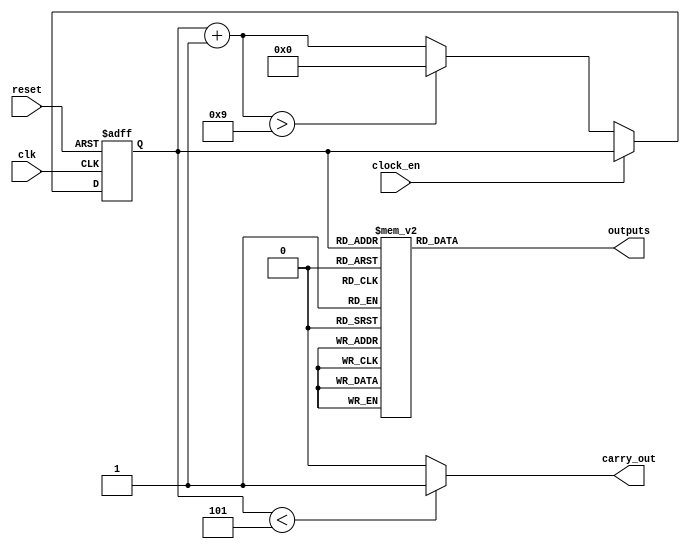
module CD4017 (
    	input wire clk,   // Clock input
	input wire reset, // Reset input
	input wire clock_en, // clock enable
    	output reg [9:0] outputs, // Outputs Q0-Q9
    	output wire carry_out // Carry Out (CO) signal
);


reg [3:0]temp;
reg tem_carry;
always @(posedge clk or posedge reset ) begin
    if (reset) begin    
        temp = 10'b0;        
    end
    else if(!clock_en) begin
    temp=temp+1; 
    if (temp>9) temp=0;       
    end

end
always @(*) begin
    case (temp)
            4'd0:  outputs = 10'b0000000001; 
            4'd1: outputs = 10'b0000000010;
            4'd2: outputs = 10'b0000000100;
            4'd3: outputs = 10'b0000001000;
            4'd4: outputs = 10'b0000010000;
            4'd5: outputs = 10'b0000100000;
            4'd6: outputs = 10'b0001000000;
            4'd7: outputs = 10'b0010000000;
            4'd8: outputs = 10'b0100000000;
            4'd9: outputs = 10'b1000000000;
            default: outputs = 10'bxxxxxxxxxx;
        endcase
end
always @(*) begin 
   if (temp<5)begin 
        tem_carry=1;  
   end
   else tem_carry=0;
end

assign carry_out=tem_carry;
endmodule